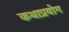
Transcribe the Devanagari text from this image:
कथाप्रयोग